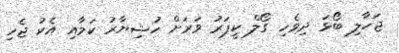
ޖަހާލި ބޯޅަ ދިވެހި ގޯލް ކީޕަރު ވަރަށް ހުޝިޔާރު ކަމާއި އެކު ޖެހި